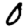
Digit: 0